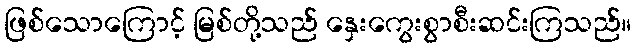
ဖြစ်သောကြောင့် မြစ်တို့သည် နှေးကွေးစွာစီးဆင်းကြသည်။